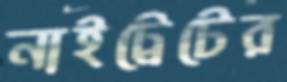
নাইট্রেটের